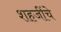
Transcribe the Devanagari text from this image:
शहजींचे